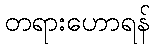
တရားဟောရန်